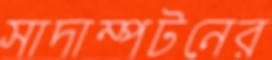
সাদাম্পটনের